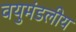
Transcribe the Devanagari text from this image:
वयुमंडलीय